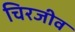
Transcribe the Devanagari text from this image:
चिरजीव